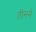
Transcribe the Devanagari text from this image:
तीनने